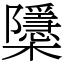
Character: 櫽